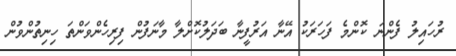
ރުހައިލު ފެންނަ ކޮންމެ ފަހަރަކު އޭނާ އަރުފީނާ ބަދަލުކޮށްލާ މާނަފުން ފިރިހެންވަންތަ ހިނިތުންވުން